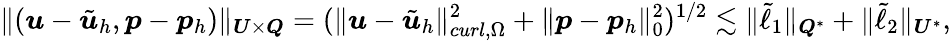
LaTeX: \| (\boldsymbol{u}-\tilde{\boldsymbol{u}}_{h},\boldsymbol{p}-\boldsymbol{p}_{h})\| _{\boldsymbol{U}\times\boldsymbol{Q}}=(\| \boldsymbol{u}-\tilde{\boldsymbol{u}}_{h}\| _{curl,\Omega}^{2}+\| \boldsymbol{p}-\boldsymbol{p}_{h}\| _{0}^{2})^{1/2}\lesssim\| \tilde{\ell}_{1}\| _{\boldsymbol{Q}^{*}}+\| \tilde{\ell}_{2}\| _{\boldsymbol{U}^{*}},